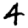
Digit: 4